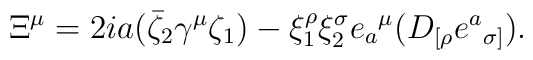
\Xi^{\mu} = 2ia (\bar{\zeta}_2 \gamma^{\mu} \zeta_1)      - \xi_1^{\rho} \xi_2^{\sigma} e{_a}^{\mu}      (D_{[\rho} e{^a}_{\sigma]}).